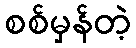
စစ်မှန်တဲ့